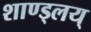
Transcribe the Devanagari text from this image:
शाण्ड्लय्